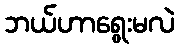
ဘယ်ဟာရွေးမလဲ